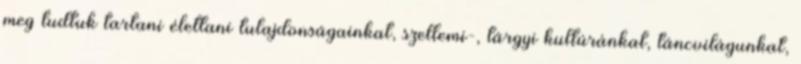
meg tudtuk tartani élettani tulajdonságainkat, szellemi-, tárgyi kultúránkat, táncvilágunkat,